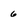
Character: 6